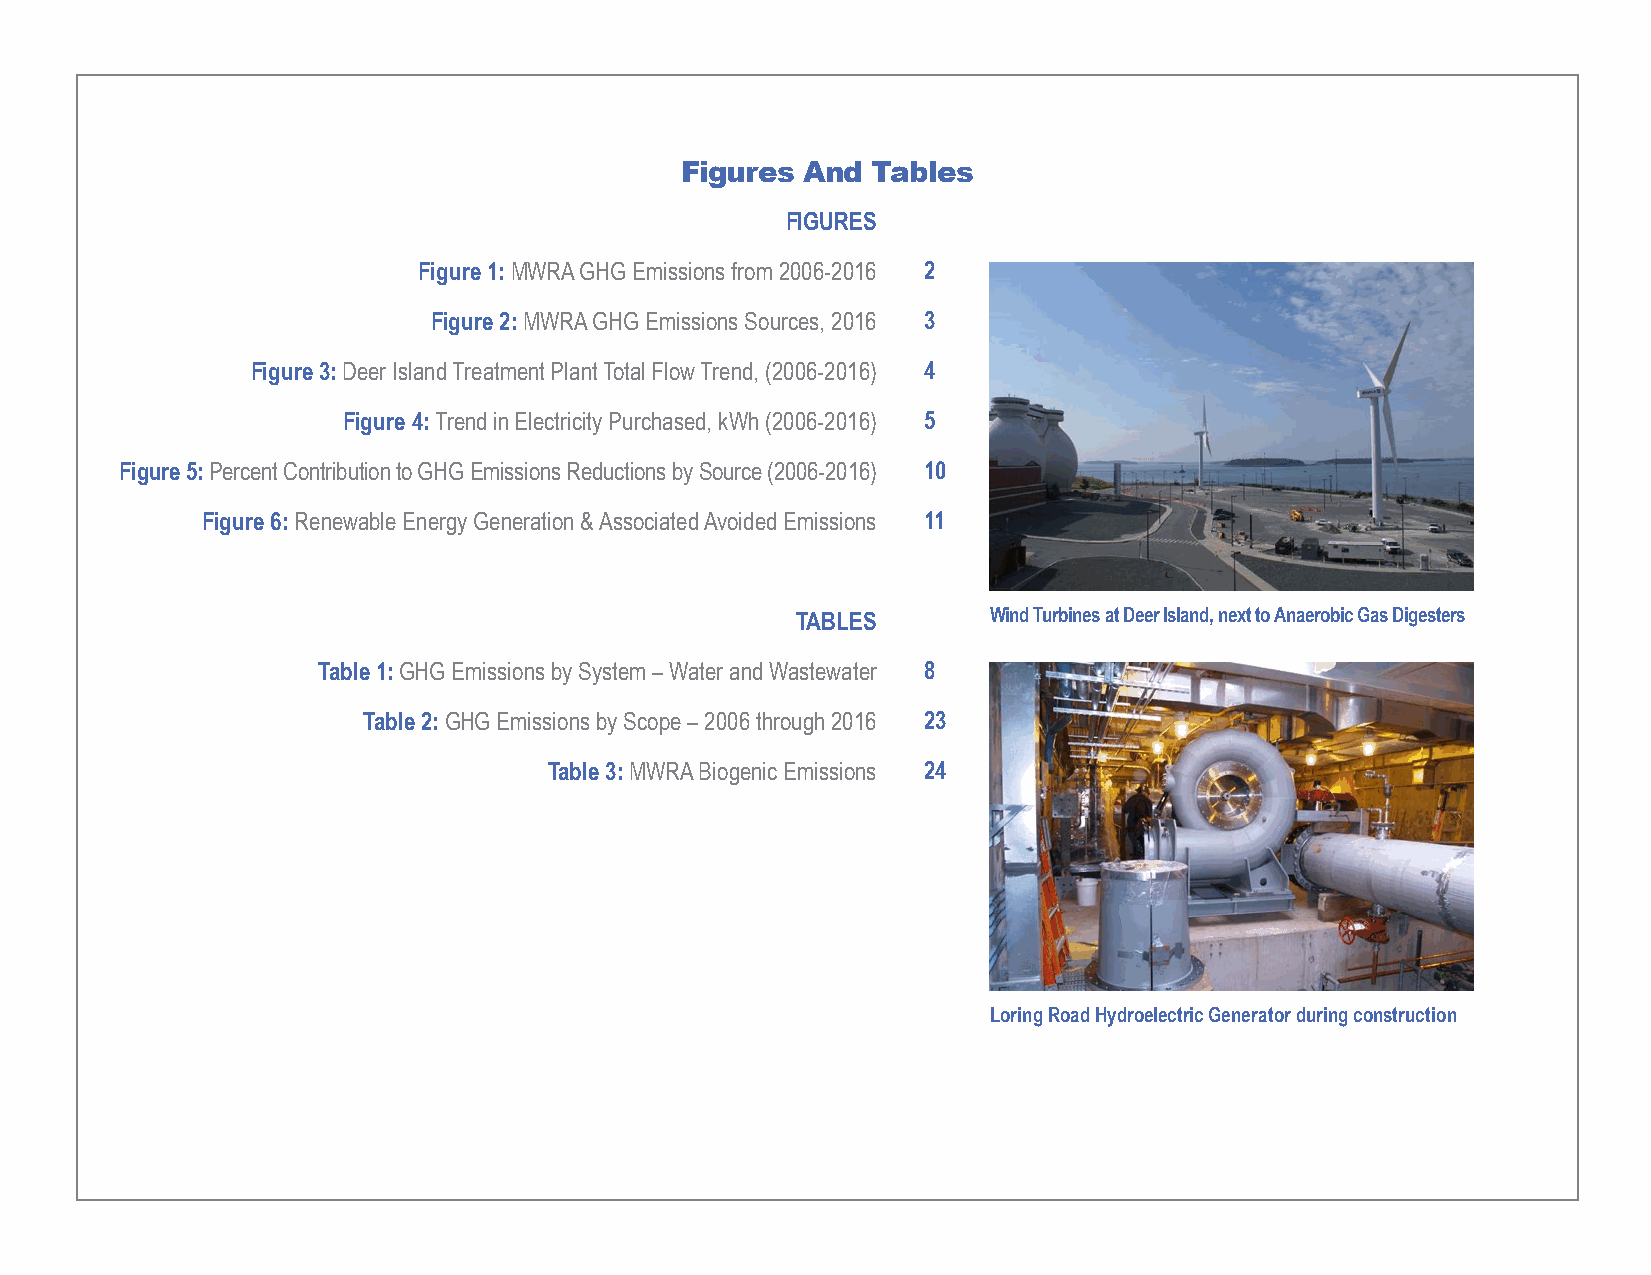
Figure 6: Photos of MWRA Renewable Generation Facilities
 Figures And  Tables
 Figure 6: Photos of MWRA Renewable Generation Facilities
 FIGURES
 Figure 1: MWRA GHG Emissions from 2006-2016 2
 Figure 2: MWRA GHG Emissions Sources, 2016 3
 Figure 3: Deer Island Treatment Plant Total Flow Trend, (2006-2016 ) 4
 Figure 4: Trend in Electricity Purchased, kWh (2006-2016 ) 5
 Figure 5: Percent Contribution to GHG Emissions Reductions by Source (2006-2016 ) 10
 Figure 6: Renewable Energy Generation & Associated Avoided Emissions 11
 Wind Turbines at Deer Island, next to Methane
 Gas Digesters
 TABLES      Wind Turbine Ws a int d D Te ue rbr iI ns el sa an td D, en ere Ix st l at no d A , nn exa te tr oo Mbi ec th G ana es D i g esters
 Gas Digesters
 Table 1: GHG Emissions by System – Water and Wastewater 8
 Table 2: GHG Emissions by Scope – 2006 through 201 6 23
 Table 3: MWRA Biogenic Emission s 24
 Loring Road Hydroelectric Generator during construction
 Loring Road Hydroelectric Generator during construction
 Loring Road Hydroelectric Generator during construction
 10
 10